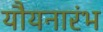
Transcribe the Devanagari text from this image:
यौयनारंभ